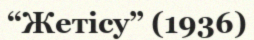
“Жетісу” (1936)